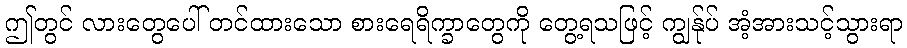
ဤတွင် လားတွေပေါ် တင်ထားသော စားရေရိက္ခာတွေကို တွေ့ရသဖြင့် ကျွန်ုပ် အံ့အားသင့်သွားရာ